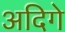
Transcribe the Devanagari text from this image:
अदिगे